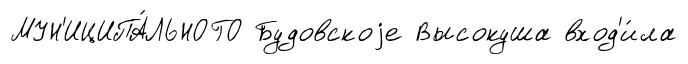
МУН'ИЦИПА́ЛЬНОГО Будовскоjе Высокуша вход'и́ла